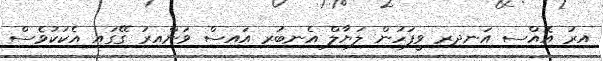
އިރު އޮއްސި އަނދިރި ވީފަހުން ލަޔާލް އެނބުރި އައިސް ވަންއިރު ގޭގައި އެކަކުވެސް